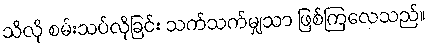
သိလို စမ်းသပ်လိုခြင်း သက်သက်မျှသာ ဖြစ်ကြလေသည်။